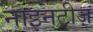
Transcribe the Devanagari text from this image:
नाइनटीज़